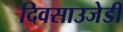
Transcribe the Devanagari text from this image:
दिवसाउजेडी